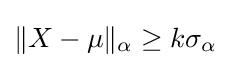
\|X-\mu \|_{\alpha }\geq k\sigma _{\alpha }